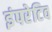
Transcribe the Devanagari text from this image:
इंपरेटिव